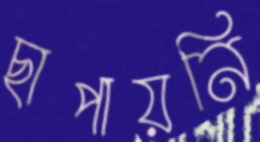
ছাপায়নি